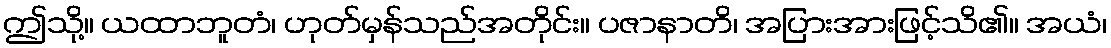
ဤသို့။ ယထာဘူတံ၊ ဟုတ်မှန်သည်အတိုင်း။ ပဇာနာတိ၊ အပြားအားဖြင့်သိ၏။ အယံ၊